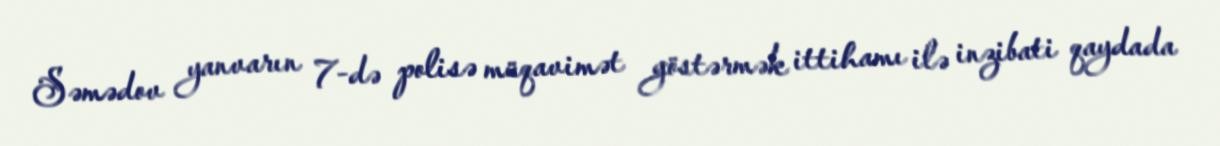
Səmədov yanvarın 7-də polisə müqavimət göstərmək ittihamı ilə inzibati qaydada